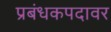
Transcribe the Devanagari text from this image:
प्रबंधकपदावर